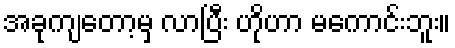
အခုကျတော့မှ လာပြီး ဟိုဟာ မကောင်းဘူး။